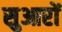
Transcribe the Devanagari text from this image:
सुआरों